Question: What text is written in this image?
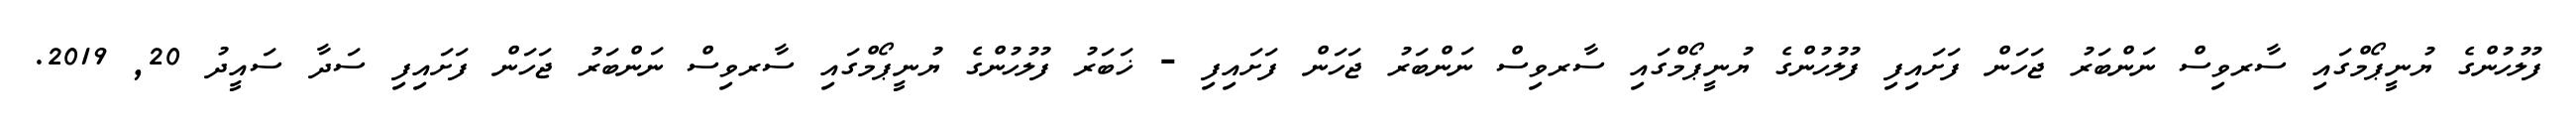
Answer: ފުލުހުންގެ ޔުނީޕޯމްގައި ސާރވިސް ނަންބަރު ޖަހަން ފަށައިފި ފުލުހުންގެ ޔުނީޕޯމްގައި ސާރވިސް ނަންބަރު ޖަހަން ފަށައިފި - ޚަބަރު ފުލުހުންގެ ޔުނީޕޯމްގައި ސާރވިސް ނަންބަރު ޖަހަން ފަށައިފި ސަދާ ސައީދު 20, 2019.